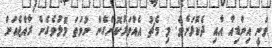
ވަނީ އިންޑިއާ އާއި ދެކޮޅަށެވެ. މި މެޗު އެއްވަރުކޮށްގެން ނުވަތަ މޮޅުވެގެން ރާއްޖެއަށް